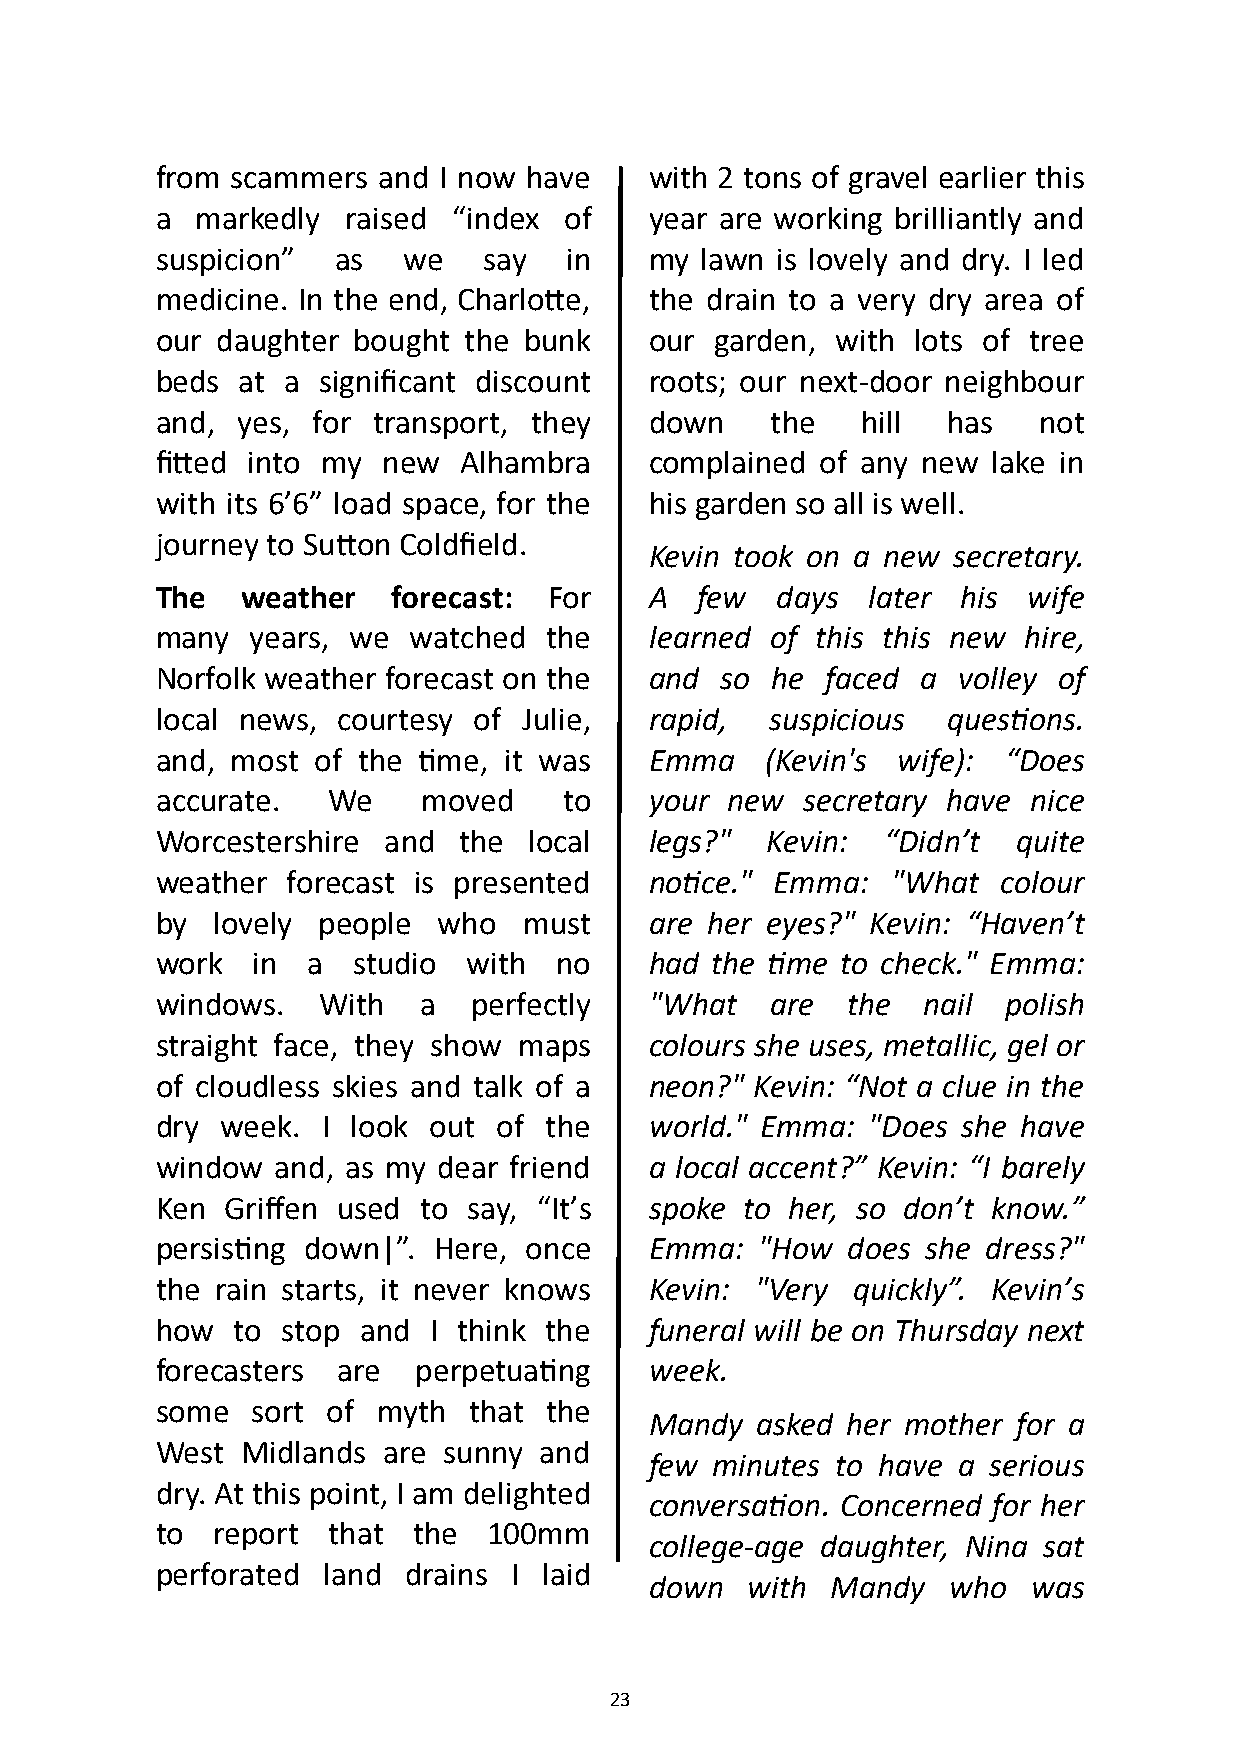
from scammers  and I now have    with 2 tons of gravel earlier this
 a  markedly  raised “index of    year are working brilliantly and
 suspicion”  as   we   say  in    my lawn is lovely and dry. I led
 medicine. In the end, Charlotte, the drain to a very dry area of
 our daughter bought  the bunk    our garden, with  lots of tree
 beds  at a significant discount  roots; our next-door neighbour
 and,  yes, for transport, they   down    the   hill  has   not
 fitted into my new  Alhambra     complained of any new  lake in
 with its 6’6” load space, for the his garden so all is well.
 journey to Sutton Coldfield.
 Kevin took on a new secretary.
 The   weather   forecast: For    A  few  days  later  his wife
 many   years, we watched  the    learned of this this new hire,
 Norfolk weather forecast on the  and  so he  faced a volley of
 local news, courtesy of  Julie,  rapid,  suspicious  questions.
 and, most  of the time, it was   Emma    (Kevin's wife): “Does
 accurate.   We    moved    to    your new  secretary have nice
 Worcestershire and  the  local   legs?"  Kevin: “Didn’t  quite
 weather  forecast is presented   notice." Emma:  "What  colour
 by  lovely people  who   must    are her eyes?" Kevin: “Haven’t
 work   in a  studio  with  no    had the time to check." Emma:
 windows.   With   a  perfectly   "What   are  the  nail  polish
 straight face, they show maps    colours she uses, metallic, gel or
 of cloudless skies and talk of a neon?" Kevin: “Not a clue in the
 dry  week. I look out  of the    world." Emma: "Does  she have
 window  and, as my dear friend   a local accent?” Kevin: “I barely
 Ken  Griffen used to say, “It’s  spoke to her, so don’t know.”
 persisting down|”. Here, once    Emma:  "How  does she dress?"
 the rain starts, it never knows  Kevin: "Very quickly”. Kevin’s
 how  to  stop and I think the    funeral will be on Thursday next
 forecasters are  perpetuating    week.
 some   sort of myth  that the
 Mandy  asked her mother for a
 West  Midlands are sunny  and
 few minutes to have a serious
 dry. At this point, I am delighted
 conversation. Concerned for her
 to  report  that the  100mm
 college-age daughter, Nina sat
 perforated land  drains I laid
 down  with  Mandy   who  was
 23